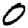
Digit: 0